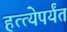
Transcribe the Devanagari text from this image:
हत्त्येपर्यंत